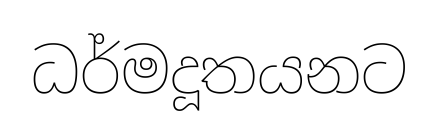
ධර්මදූතයනට